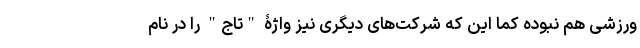
ورزشی هم نبوده کما این که شرکت‌های دیگری نیز واژۀ "تاج" را در نام